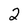
Character: 2